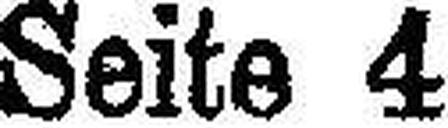
Seite 4